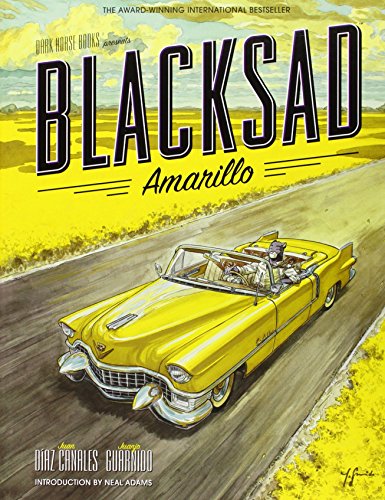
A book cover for Blacksad: Amarillo; Juan Diaz Canales; Comics & Graphic Novels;